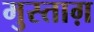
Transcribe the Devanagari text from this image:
मुस्ताग़